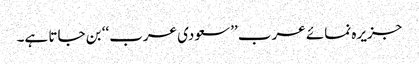
جزیرہ نمائے عرب ’’سعودی عرب‘‘ بن جاتا ہے۔